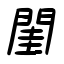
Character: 閨